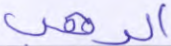
الرهب